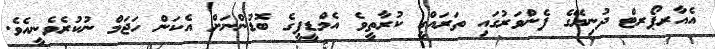
އެއާރޕޯރޓް ދުނިޔޭގެ ފެންވަރުގައި ތަރައްގީ ކުރާތީވެ އެމްޑީޕީގެ ބޮޑުންނަށް އެކަން ހަޖަމް ނުކުރެވެނީއެވެ.